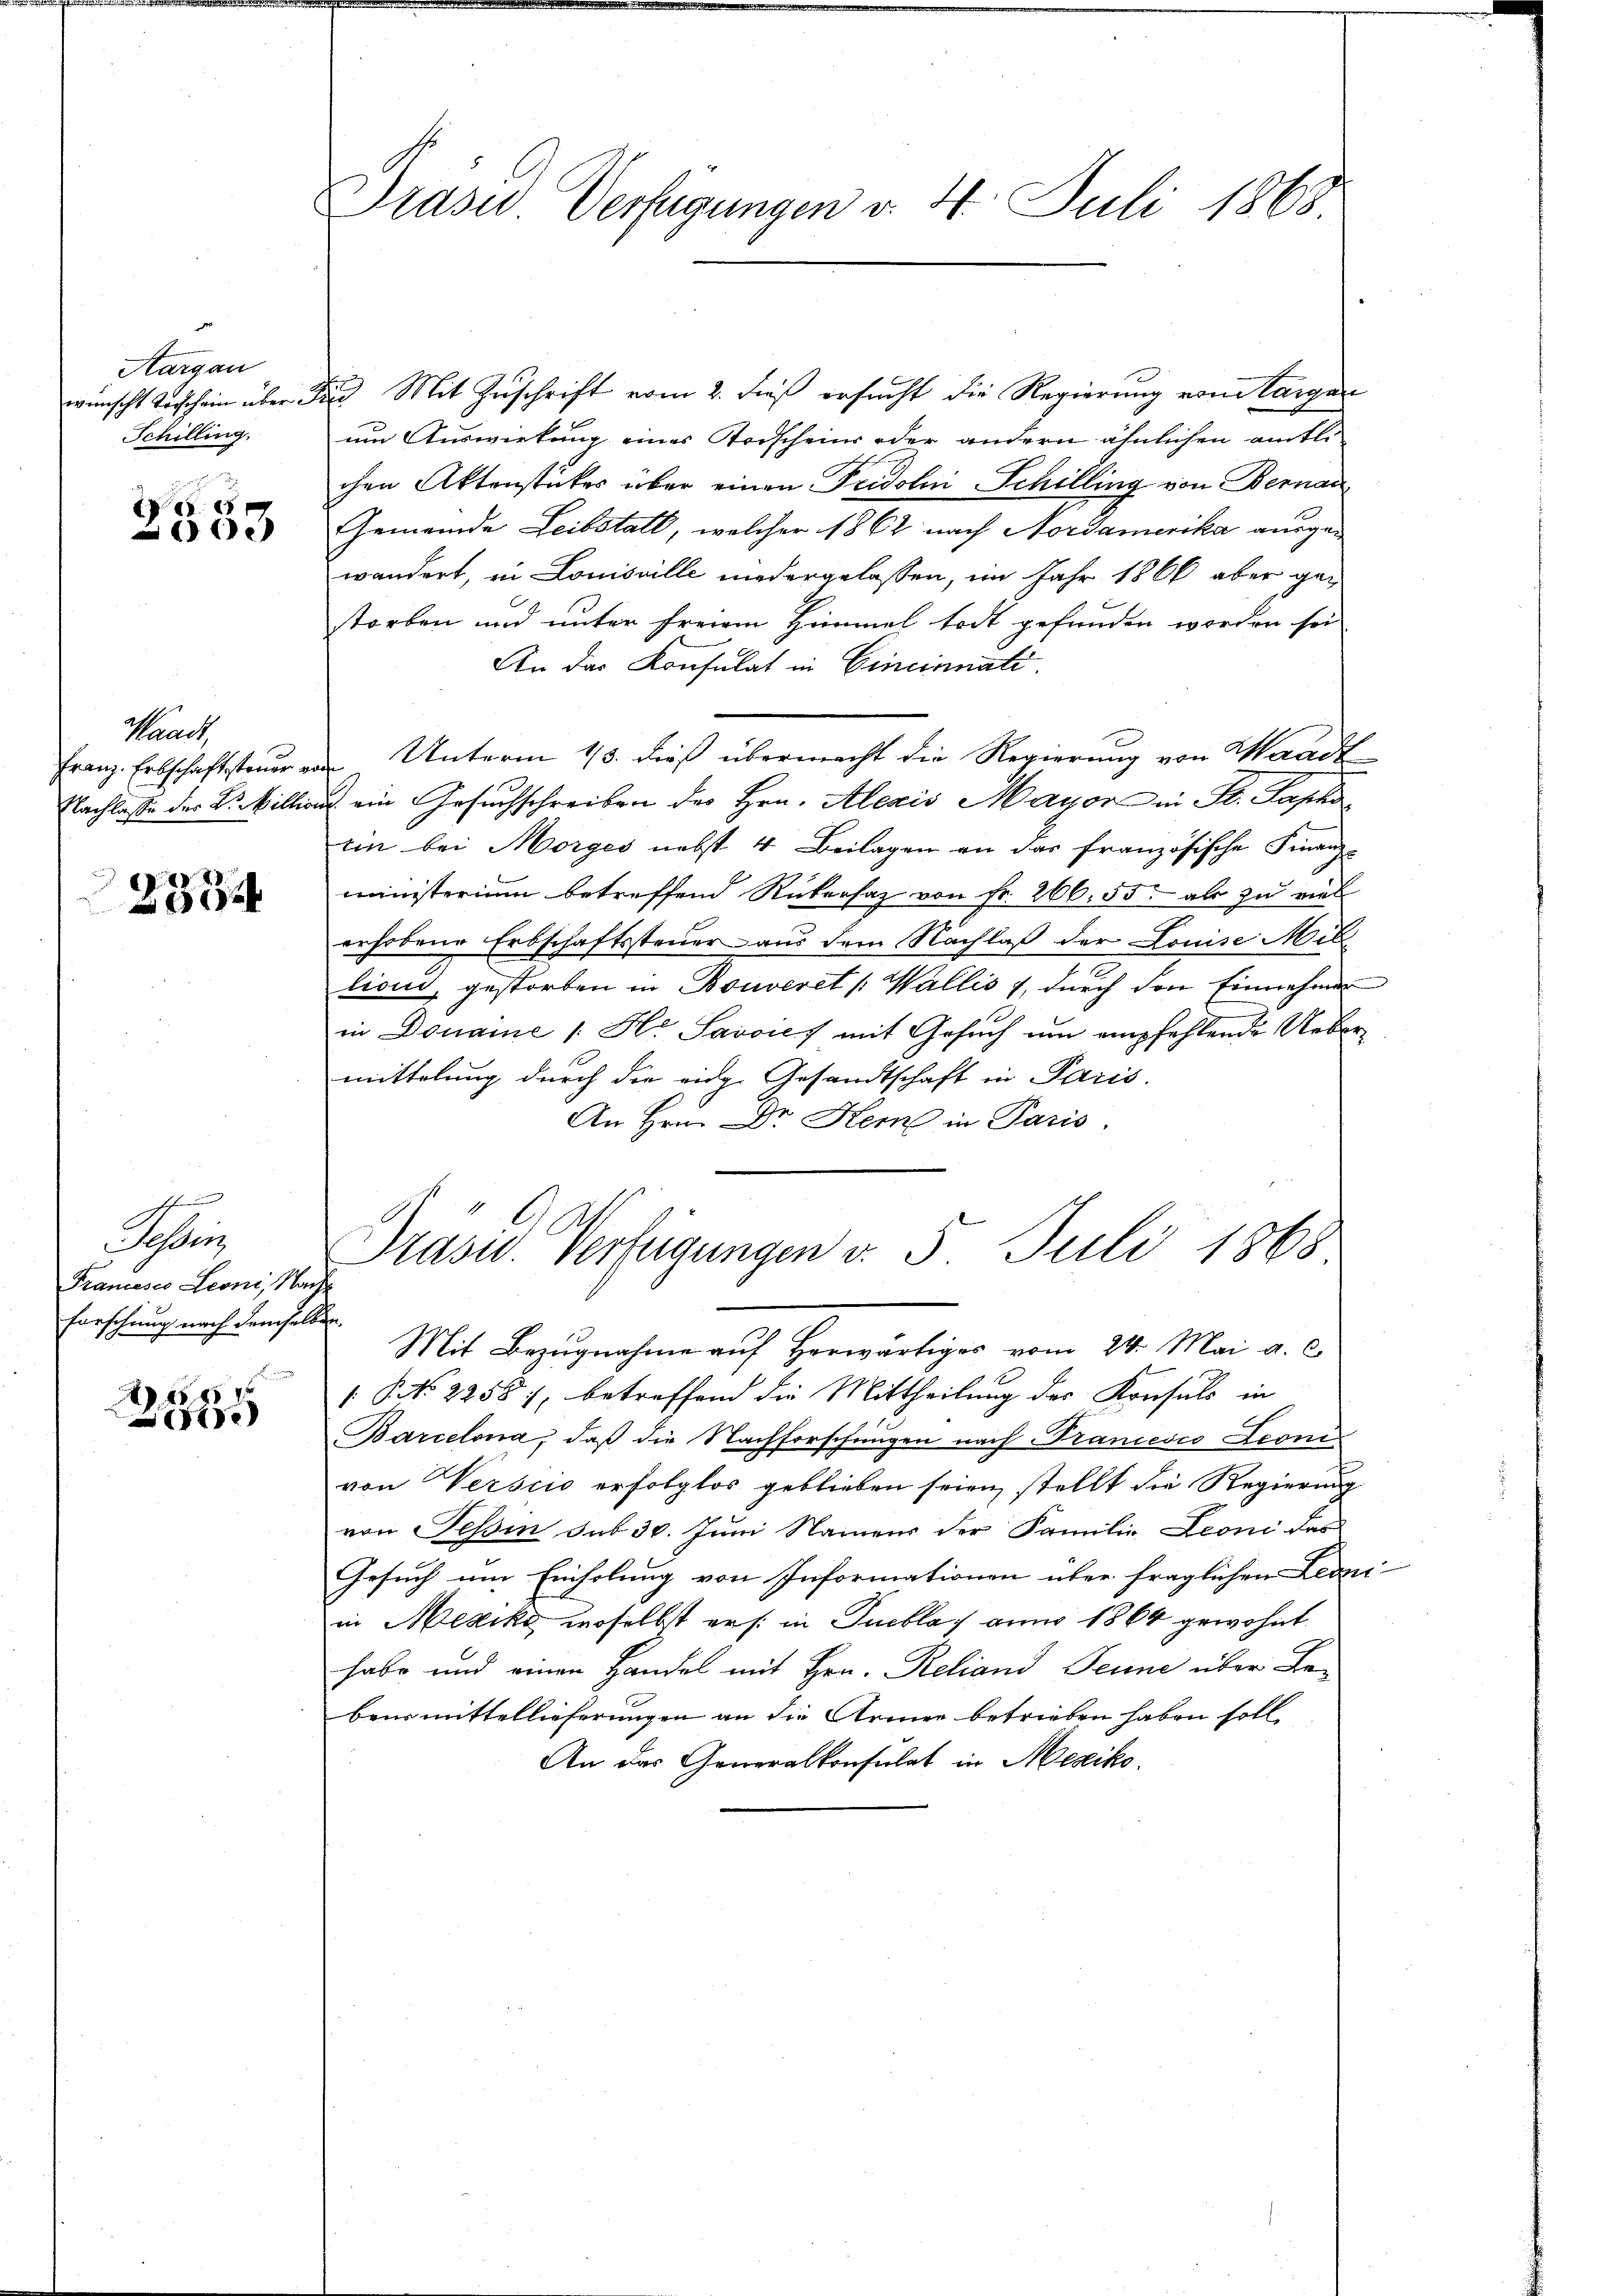
Aargau
wünscht Vorschein über 3.
Schilling.

x
e

Waadt,
Franz. Erbschaftsteuer v.
Nachlasse der L. Million

.
xx

ff
Tessin,
Francesco Leoni, Man
forschung nach demselben.

225

Präses Verfügungen v. 4. Juli 1863

) Mit Zuschrift vom 2. dieß ersucht die Regierung vom Targan
um Auswirkung eines Todscheins oder andern ähnlichen amtlichen Aktenstückes über einen Fridoli Schilling von Bernan
Gemeinde Leibstall, welcher 1862 nach Nordamerika ausgewändert, in Louisville niedergelassen, im Jahr 1866 aber gestorben und unter freiem Himmel todt gefunden worden sei
An das Konsulat in Cincinnati
Unterm 13. dieß übermacht die Regierung von Waadt
d. ein Gesuchschreiben des Hrn. Alezis Mayor in K. Sapho
ten bei Morges nebst 4 Beilagen an das französische Finanz-
ministerium betreffend Rückersaz von Fr. 266. 55. als zu viel
erhobene Erbschaftssteuer aus dem Nachlaß der Louise Mil
lioni, gestorben in Bouveret /: Wallis, durch den Einnahmen
in Donaue /: Hr. Savois mit Gesuch um empfehlende Uebermittelung durch die eidge Gesandtschaft in Paris
An Hrn. Dr. Hem in Paris.
Präsid. Verfügungen v. 5. Juli 1865
.
Mit Bezugnahme auf herwärtiges vom 24. Mai a. c.
 NNo. 22587, betreffend die Mittheilung des Konsuls in
Barcelona, daß die Nachforschungen nach Francesco Sconovon Verscio erfolglos geblieben seien, stellt die Regierung
von Tessin sub 30. Juni Namens der Familie Leoni dar
Gesuch um Einholung von Informationen über fraglichen Leoni-
in Mexike, woselbst erst in Tueblai anno 1864 gewohnt.
habe und einen Handel mit Hrn. Reliand Jenne über Bebensmittellieferungen an die Armen betrieben haben soll.
An das Generalkonsulat in Mexiko